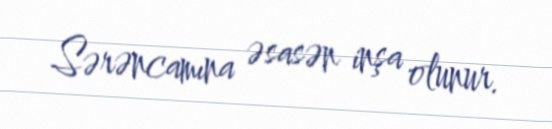
Sərəncamına əsasən inşa olunur.